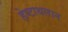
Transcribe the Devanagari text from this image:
हेप्टाथलान